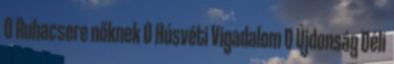
0 Ruhacsere nőknek 0 Húsvéti Vigadalom 0 Újdonság Déli